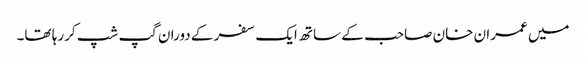
میں عمران خان صاحب کے ساتھ ایک سفر کے دوران گپ شپ کررہا تھا۔